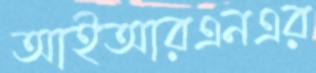
আইআরএনএর